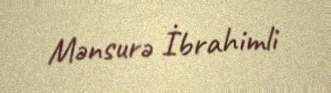
Mənsurə İbrahimli